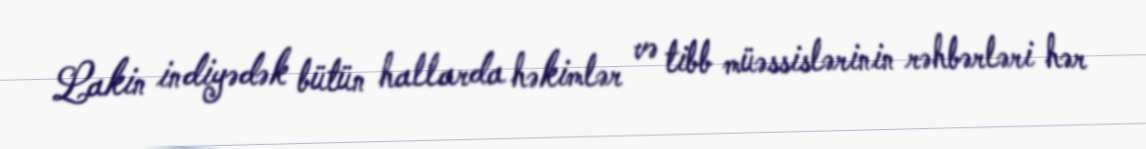
Lakin indiyədək bütün hallarda həkimlər və tibb müəssislərinin rəhbərləri hər